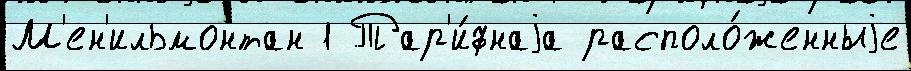
М'ен'ильмонтан 1 Тар'и́фнаjа располо́женныjе